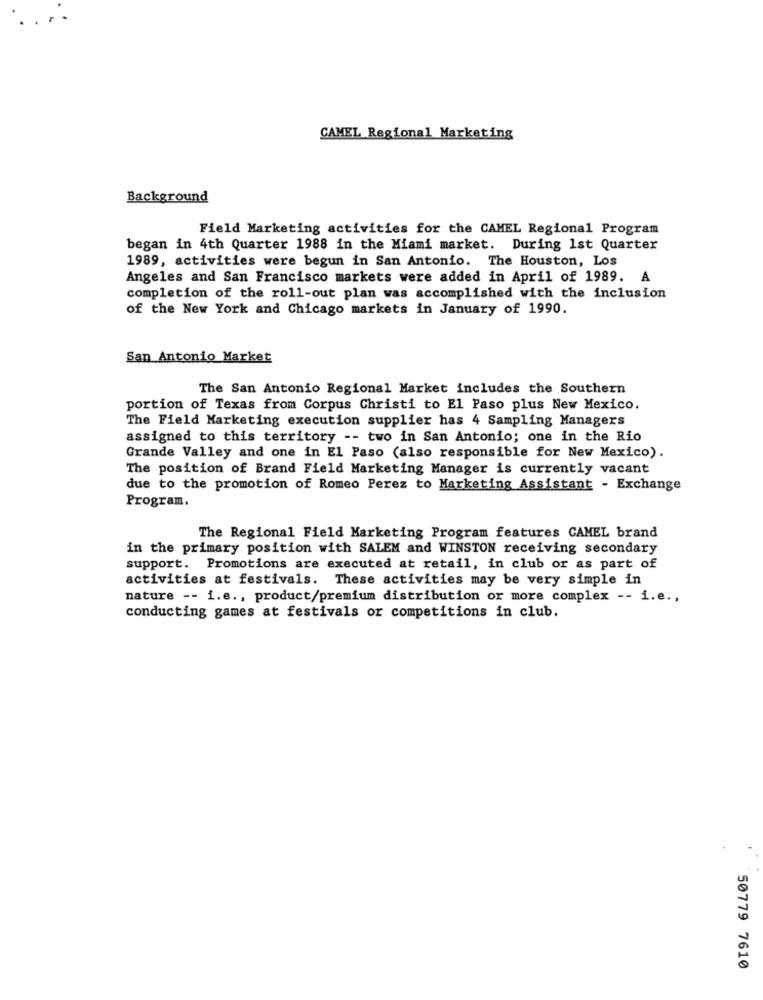
CAMEL Regional Marketing
Background
Field Marketing activities for the CAMEL Regional Program
began in 4th Quarter 1988 in the Miami market. During 1st Quarter
1989, activities were begun in San Antonio. The Houston, Los
Angeles and San Francisco markets were added in April of 1989. A
completion of the roll-out plan was accomplished with the inclusion
of the New York and Chicago markets in January of 1990.
San Antonio Market
The San Antonio Regional Market includes the Southern
portion of Texas from Corpus Christi to El Paso plus New Mexico.
The Field Marketing execution supplier has 4 Sampling Managers
assigned to this territory -- two in San Antonio; one in the Rio
Grande Valley and one in El Paso (also responsible for New Mexico).
The position of Brand Field Marketing Manager is currently vacant
due to the promotion of Romeo Perez to Marketing Assistant - Exchange
Program.
The Regional Field Marketing Program features CAMEL brand
in the primary position with SALEM and WINSTON receiving secondary
support. Promotions are executed at retail, in club or as part of
activities at festivals. These activities may be very simple in
nature -- i.e ., product/premium distribution or more complex -- i.e .,
conducting games at festivals or competitions in club.
50779 7610